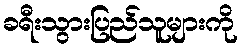
ခရီးသွားပြည်သူများကို